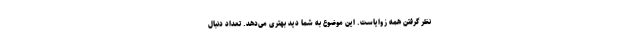
نظر گرفتن همه زوایاست. این موضوع به شما دید بهتری می‌دهد. تعداد دنبال